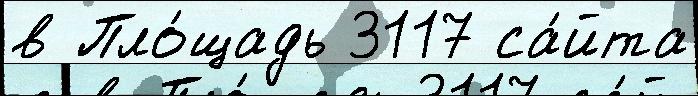
в Пло́щадь 3117 са́йта